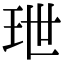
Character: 玴